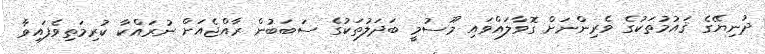
ދުނިޔޭގެ ޤައުމުތަކުގެ ވެރިންނަށް ގޮވާލައްވައި މޫސުމީ ބަދަލުތަކުގެ ސަބަބުން ރާއްޖެއަށް ނުރައްކާ ކުރިމަތިވެފައިވާ